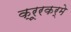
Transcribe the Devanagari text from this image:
क्रूरकर्मे